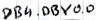
Text: DB4.DBY0.0